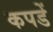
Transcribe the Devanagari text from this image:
कपडें